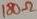
Text: 180Ω